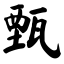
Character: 甄